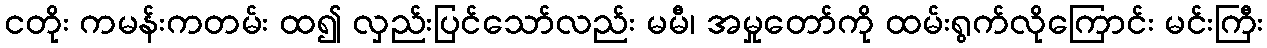
ငတိုး ကမန်းကတမ်း ထ၍ လှည်းပြင်သော်လည်း မမီ၊ အမှုတော်ကို ထမ်းရွက်လိုကြောင်း မင်းကြီး